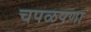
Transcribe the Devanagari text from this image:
चपळपणा